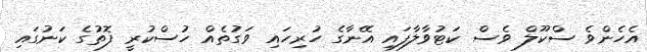
އެހެންވެ ސްކޫލް ވެސް ކަޓުވާލާފައި އޭނާގެ ހުރިހައި ވަގުތެއް ހުސްކުރީ ފޮތުގެ ކަނުގައި